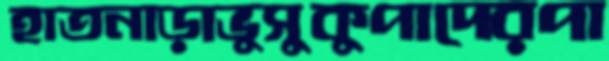
হাতনাড়াভুসুকুপাদেরপা